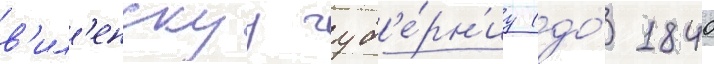
в'ил'енскуу губ'е́рн'иу (до́ 1840